Report of the King Institute of Preventive Medicine, Guindy
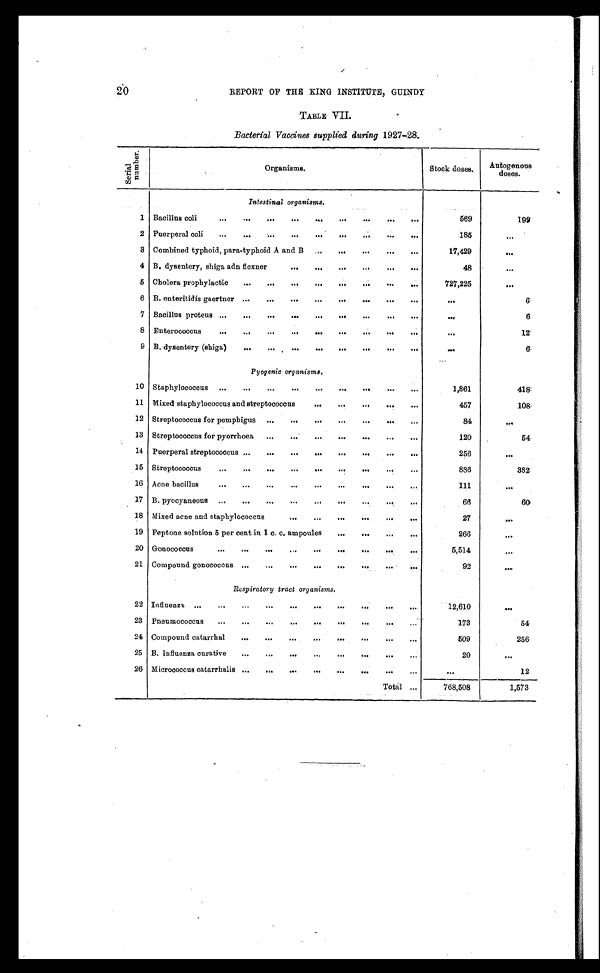
20
REPORT OF THE KING INSTITUTE, GUINDY
TABLE VII.
Bacterial Vaccines supplied during 1927-28.
S e r i a l n u m b e r .
O rganisms.
Stock doses.
Autogenous
doses.
Intestinal organisms.
1
Bacillus coli . . .
569
199
2
Puerperal coli . . .
185
. . .
3
Combined typhoid, para-typhoid A and B . . .
17,429
. . .
4 B. dysentery, shiga adn flexner . . .
48
. . .
5
Cholera prophylactic . . .
727,225
. . .
6
B. enteritidis gaertner . . .
. . .
6
7
Bacillus proteus . . .
. . .
6
8
Enterococcus . . .
. . .
12
9
B. dysentery (shiga) . . .
. . .
6
Pyogenic organisms.
10
Staphylococcus . . .
1,861
4 1 8
11
Mixed staphylococcus and streptococcus . . .
457
108
12
Streptococcus for pemphigus . . .
84
. . .
13
Streptococcus for pyorrhoea . . .
120
54
14
Puerperal streptococcus . . .
256
. . .
15
Streptococcus . . .
886
382
16
Acne bacillus . . .
111
. . .
17
B. pyocyaneous . . .
66
60
18 Mixed acne and staphylococcus . . .
27
. . .
19
Peptone solution 5 per cent in 1 c. c. ampoules . . .
266
. . .
20
Gonococus . . .
5,514
. . .
21
Compound gonococcus . . .
92
. . .
Respiratory tract organisms.
22 I n f l u e n z a . . .
12,610
. . .
23
Pneumococcus . . .
173
54
24
Compound catarrhal . . .
509
256
25
B. influenza curative . . .
20
. . .
26
Micrococcus catarrhalis . . .
. . .
12
Total . . .
768,508
1,573